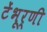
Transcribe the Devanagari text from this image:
टेंभूर्णी